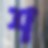
শ